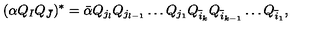
( \alpha Q _ { I } Q _ { \bar { J } } ) ^ { * } = { \bar { \alpha } } Q _ { j _ { l } } Q _ { j _ { l - 1 } } \ldots Q _ { j _ { 1 } } Q _ { { \overline { i } _ { k } } } Q _ { { \overline { i } _ { k - 1 } } } \ldots Q _ { { \overline { i } _ { 1 } } } ,